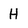
Character: H